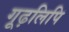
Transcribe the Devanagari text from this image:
गूढ़लिपि